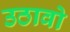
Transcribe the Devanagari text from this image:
उठावो